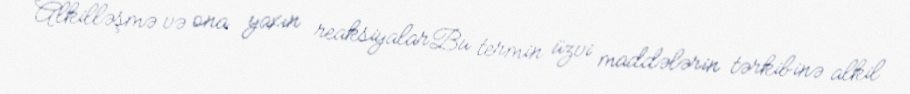
Alkilləşmə və ona yaxın reaksiyalarBu termin üzvi maddələrin tərkibinə alkil